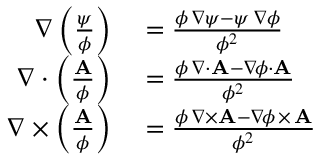
\begin{array} { r l } { \nabla \left( { \frac { \psi } { \phi } } \right) } & { { } = { \frac { \phi \, \nabla \psi - \psi \, \nabla \phi } { \phi ^ { 2 } } } } \\ { \nabla \cdot \left( { \frac { \mathbf { A } } { \phi } } \right) } & { { } = { \frac { \phi \, \nabla { \cdot } \mathbf { A } - \nabla \! \phi \cdot \mathbf { A } } { \phi ^ { 2 } } } } \\ { \nabla \times \left( { \frac { \mathbf { A } } { \phi } } \right) } & { { } = { \frac { \phi \, \nabla { \times } \mathbf { A } - \nabla \! \phi \, { \times } \, \mathbf { A } } { \phi ^ { 2 } } } } \end{array}